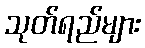
သုတ်ရည်များ